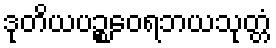
ဒုတိယပဉ္စဝေရဘယသုတ္တံ